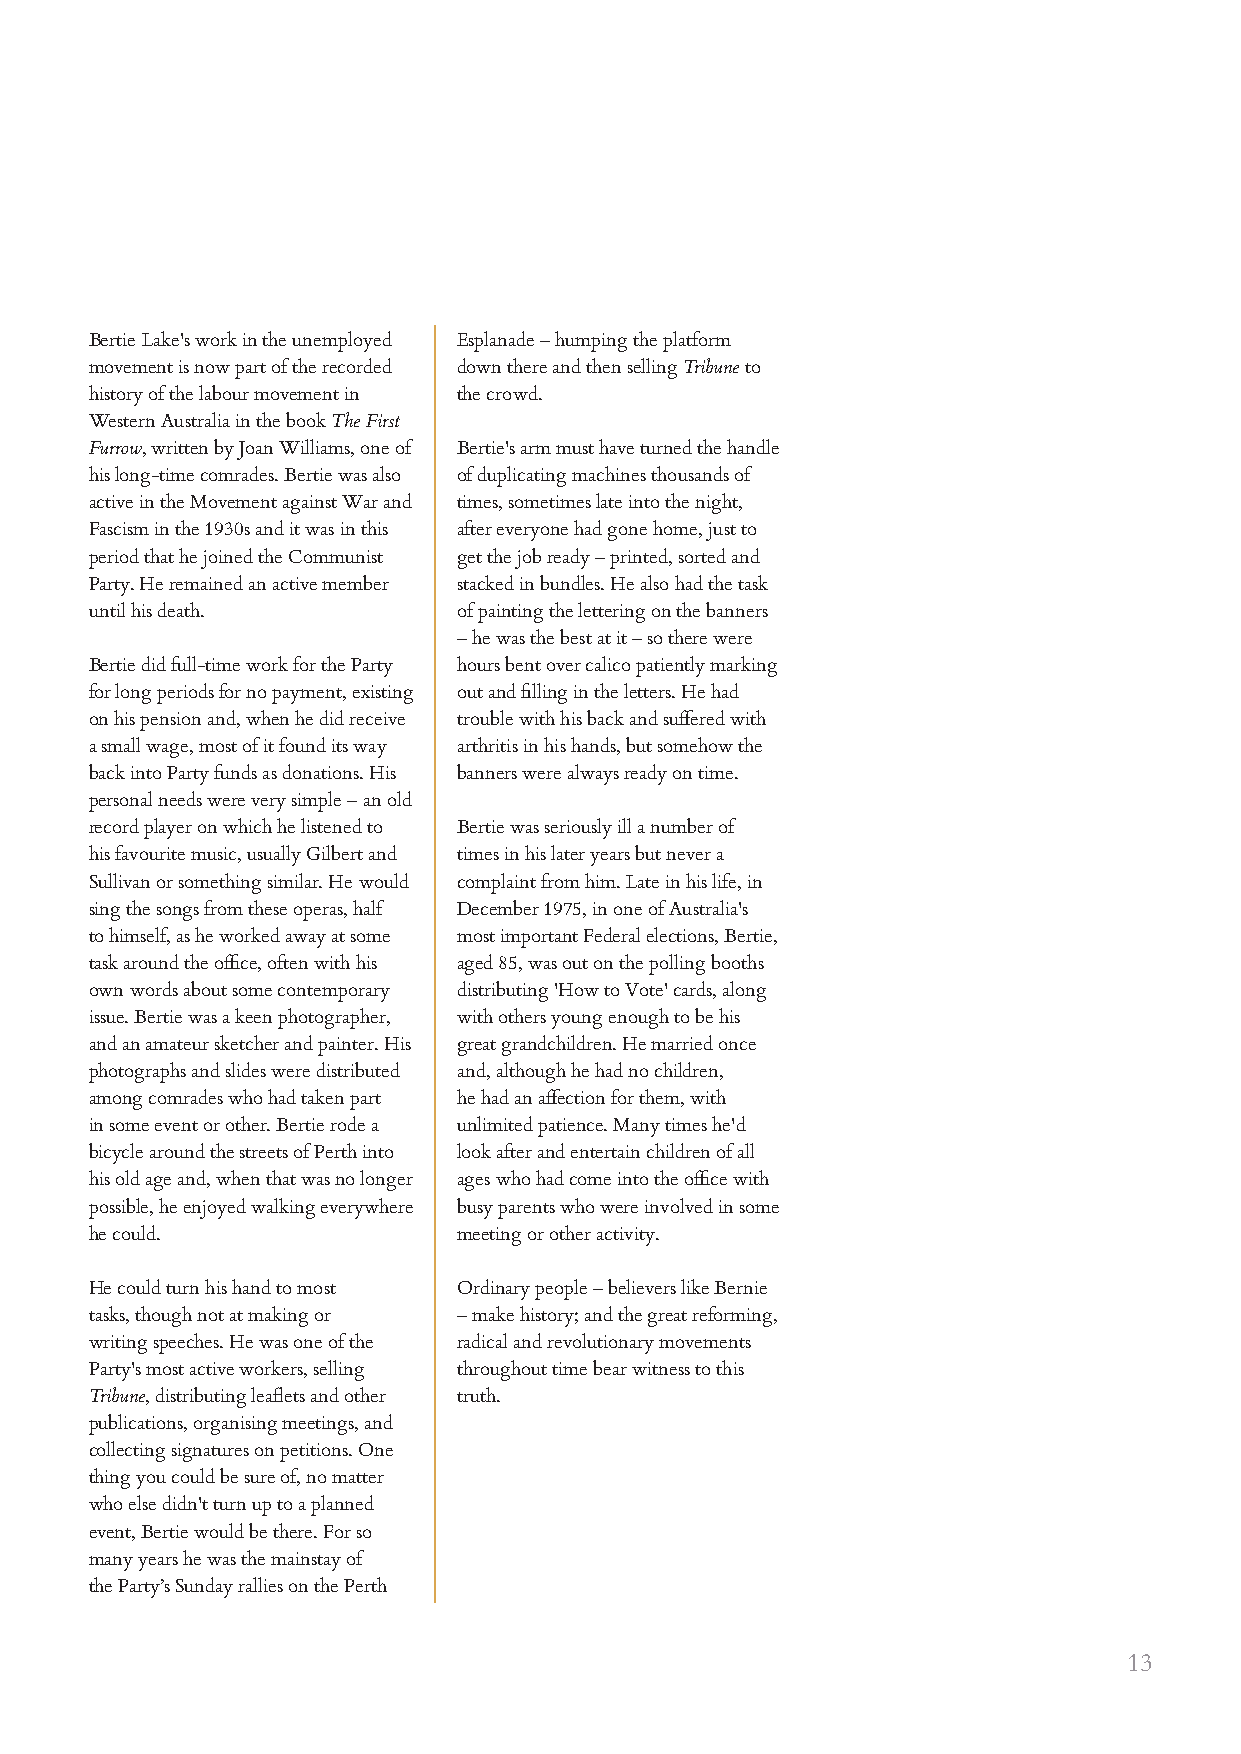
Bertie Lake's work in the unemployed Esplanade – humping the platform
 movement is now part of the recorded down there and then selling Tribune to
 history of the labour movement in the crowd.
 Western Australia in the book The First
 Furrow, written by Joan Williams, one of Bertie's arm must have turned the handle
 his long-time comrades. Bertie was also of duplicating machines thousands of
 active in the Movement against War and times, sometimes late into the night,
 Fascism in the 1930s and it was in this after everyone had gone home, just to
 period that he joined the Communist get the job ready – printed, sorted and
 Party. He remained an active member stacked in bundles. He also had the task
 until his death.        of painting the lettering on the banners
 – he was the best at it – so there were
 Bertie did full-time work for the Party hours bent over calico patiently marking
 for long periods for no payment, existing out and filling in the letters. He had
 on his pension and, when he did receive trouble with his back and suffered with
 a small wage, most of it found its way arthritis in his hands, but somehow the
 back into Party funds as donations. His banners were always ready on time.
 personal needs were very simple – an old
 record player on which he listened to Bertie was seriously ill a number of
 his favourite music, usually Gilbert and times in his later years but never a
 Sullivan or something similar. He would complaint from him. Late in his life, in
 sing the songs from these operas, half December 1975, in one of Australia's
 to himself, as he worked away at some most important Federal elections, Bertie,
 task around the office, often with his aged 85, was out on the polling booths
 own words about some contemporary distributing 'How to Vote' cards, along
 issue. Bertie was a keen photographer, with others young enough to be his
 and an amateur sketcher and painter. His great grandchildren. He married once
 photographs and slides were distributed and, although he had no children,
 among comrades who had taken part he had an affection for them, with
 in some event or other. Bertie rode a unlimited patience. Many times he'd
 bicycle around the streets of Perth into look after and entertain children of all
 his old age and, when that was no longer ages who had come into the office with
 possible, he enjoyed walking everywhere busy parents who were involved in some
 he could.               meeting or other activity.
 He could turn his hand to most Ordinary people – believers like Bernie
 tasks, though not at making or – make history; and the great reforming,
 writing speeches. He was one of the radical and revolutionary movements
 Party's most active workers, selling throughout time bear witness to this
 Tribune, distributing leaflets and other truth.
 publications, organising meetings, and
 collecting signatures on petitions. One
 thing you could be sure of, no matter
 who else didn't turn up to a planned
 event, Bertie would be there. For so
 many years he was the mainstay of
 the Party’s Sunday rallies on the Perth
 13